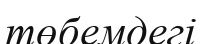
төбемдегі